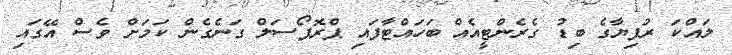
ލައްކަ ރުފިޔާގެ ބިޑު ގެރެންޓީއެއް ބަހައްޓާފައި ޕްރޮޕޯސަލް ގަނެގެން ކަމަށް ވެސް އޭގައި